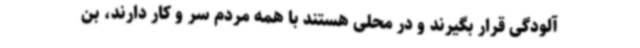
آلودگی قرار بگیرند و در محلی هستند با همه مردم سر و کار دارند، بن